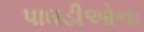
પાઘડીઓના